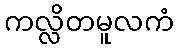
ကလ္လိတမူလကံ